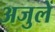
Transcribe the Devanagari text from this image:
अजुलें